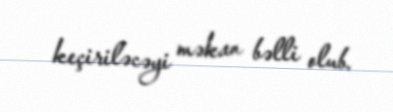
keçiriləcəyi məkan bəlli olub.